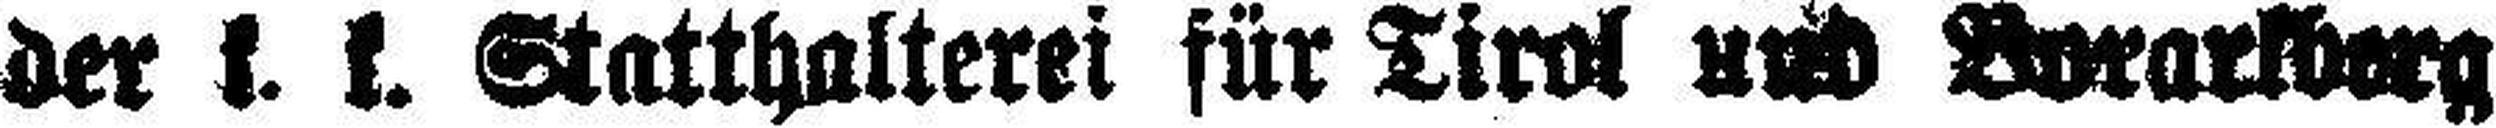
der k. k. Statthalterei für Tirol und Vorarlberg